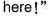
here!"